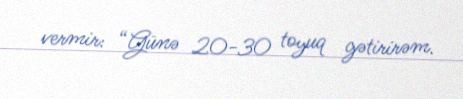
vermir: “Günə 20-30 toyuq gətirirəm.